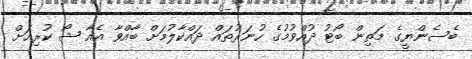
ބެސެންޔީގެ މަތިން ބޯޓު ދުއްވުމުގެ ހުނަރުތައް ދައްކާލުމަށް ބާއްވާ އެއާ ޝޯ ކުރިއަށް